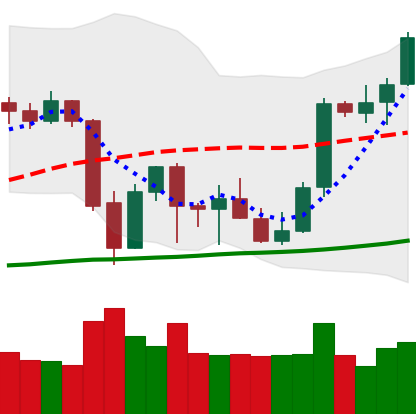
Ticker: BTC-USD
Chart end date: 2021-10-05
Forward return: 6.322%
Label: up_5_7